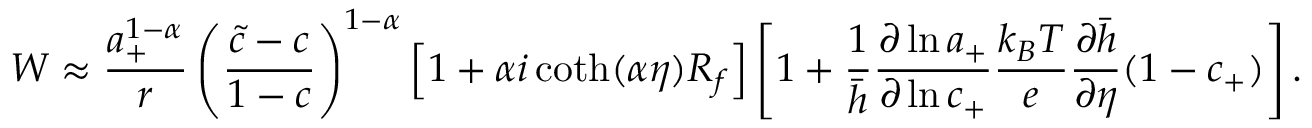
W \approx \frac { a _ { + } ^ { 1 - \alpha } } { r } \left( \frac { \tilde { c } - c } { 1 - c } \right) ^ { 1 - \alpha } \left[ 1 + \alpha i \coth ( { \alpha \eta } ) R _ { f } \right] \left[ 1 + \frac { 1 } { \bar { h } } \frac { \partial \ln { a _ { + } } } { \partial \ln { c _ { + } } } \frac { k _ { B } T } { e } \frac { \partial \bar { h } } { \partial \eta } ( 1 - c _ { + } ) \right] .